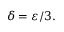
\delta = \varepsilon / 3 .